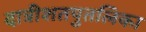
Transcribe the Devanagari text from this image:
दात्रीशतपुतलिका